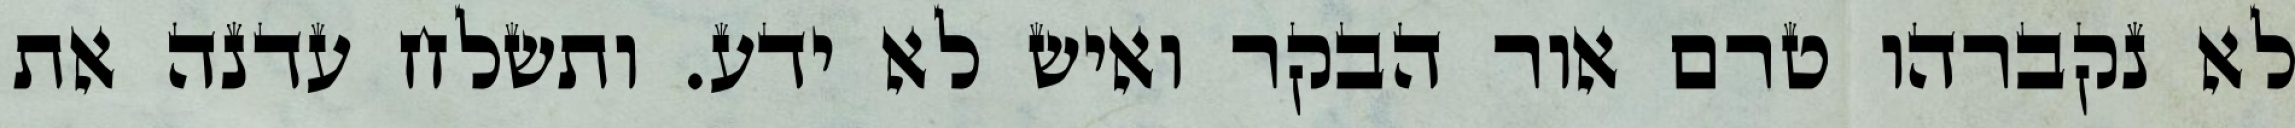
לא נקברהו טרם אור הבקר ואיש לא ידע. ותשלח עדנה את